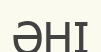
ӘНІ